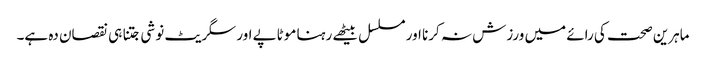
ماہرین صحت کی رائے میں ورزش نہ کرنا اور مسلسل بیٹھے رہنا موٹاپے اور سگریٹ نوشی جتنا ہی نقصان دہ ہے۔